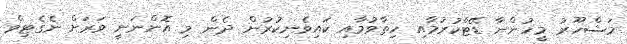
މަޝްހޫރު މީހުންނާ ޑޭޓްކުރުމާއި ހިތާވުމާއި ކައިވެނިކުރުން ދެން މި އޮންނަނީ ވަރަށް ނެގެޓިވް